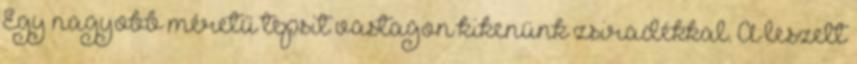
Egy nagyobb méretű tepsit vastagon kikenünk zsiradékkal. A leszelt